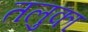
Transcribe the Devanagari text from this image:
तलुका